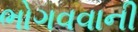
ભોગવવાની